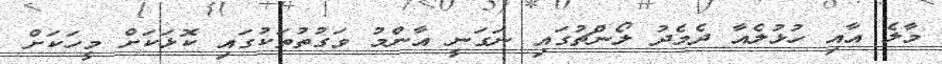
މާލެ އާއި ހުޅުލެއާ ދެމެދު ލޯންޗުގައި ނަގަނީ އާންމު ވަގުތުތަކުގައި ކޮޅަކަށް މީހަކަށް